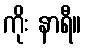
ကိုး နာရီ။